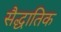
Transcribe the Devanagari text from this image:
सैद्धातिक